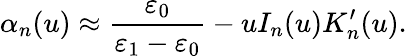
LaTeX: \alpha_{n}(u)\approx\frac{\varepsilon_{0}}{\varepsilon_{1}-\varepsilon_{0}}-uI_{n}(u)K_{n}^{\prime}(u).